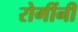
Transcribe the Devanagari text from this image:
रोगींनी